Civil Veterinary Dept. Bombay admin report 1907-1913 - 1907-1913
Year: 1907
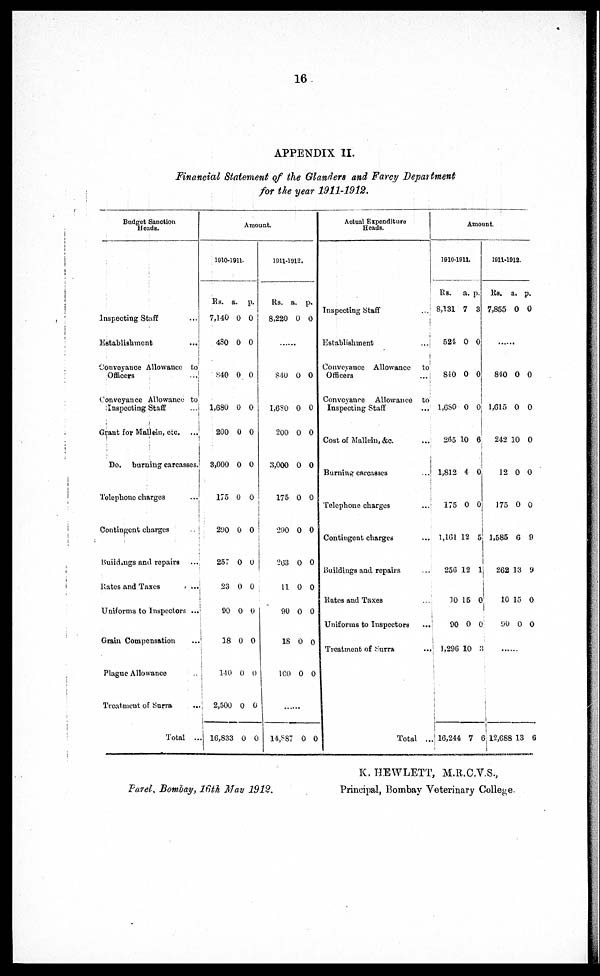
16
APPENDIX II.
Financial Statement of the Glanders and Farcy Department
for the year 1911-1912.
Budget Sanction
Heads.
Inspecting Staff ...
Establishment ...
Conveyance Allowance to
Officers …
Conveyance Allowance to
Inspecting Staff …
Grant for Mallein, etc. ...
Do.
burning carcasses.
Telephone charges ...
Contingent charges …
Buildings and repairs ...
Rates and Taxes ...
Uniforms to Inspectors ...
Grain Compensation …
Plague Allowance ...
Treatment of Surra ...
Total ...
Amount.
1910-1911.
Rs.
7,140
480
840
1,680
200
3,000
175
290
257
23
90
18
1-10
2,500
16,833
a.
0
0
0
0
0
0
0
0
0
0
0
0
0
0
0
p.
0
0
0
0
0
0
0
0
0
0
0
0
0
0
0
1911-1912.
Rs.
8,220
……
840
1,6?0
200
3,000
175
290
203
11
90
18
100
……
14,887
a.
0
0
0
0
0
0
0
0
0
0
0
0
0
p.
0
0
0
0
0
0
0
0
0
0
0
0
0
Actual Expenditure
Heads.
Inspecting Staff ...
Establishment …
Conveyance Allowance
to
Officers …
Conveyance
Allowance
to
Inspecting Staff …
Cost of Mallein, &c. ...
Burning careasses ...
Telephone charges …
Contingent charges …
Buildings and repairs ...
Rates and Taxes ...
Uniforms to Inspectors ...
Treatment of Surra ...
Total ...
Amount.
1910-1911.
Rs.
8,131
524
840
1,680
265
1,812
175
1,101
256
10
90
1,296
16,244
a.
7
0
0
0
10
4
0
12
12
15
0
10
7
p.
3
0
0
0
6
0
0
5
1
0
0
3
6
1911-1912.
Rs.
7,855
……
810
1,615
242
12
175
1,585
262
10
90
......
12,688
a.
0
0
0
10
0
0
6
13
15
0
13
p.
0
0
0
0
0
0
9
9
0
0
6
Parel, Bombay, 16th May 1912.
K. HEWLETT, M.R.C.V.S.,
Principal, Bombay Veterinary College.